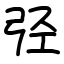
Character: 弪